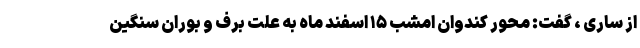
از ساری ، گفت: محور کندوان امشب ۱۵ اسفند ماه به علت برف و بوران سنگین